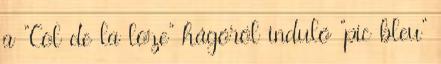
a "Col de la loze" hágóról induló "pic bleu"